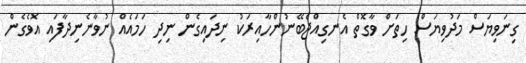
ގިނަވިޔަސް މަދުވިޔަސް ހިތަށް ވާގޮތް އެނގިއްޖެބޭނުންހާއިރަކު ނިދައިގެން ނިދި ހަމައެއް ނުވާނެނިދާފައި އޮވެގެން